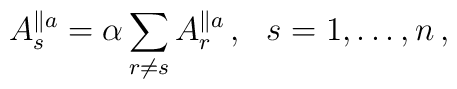
A^{\parallel a}_s = \alpha \sum_{r \ne s} A^{\parallel a}_r \, , \ \ s = 1,\ldots, n \, ,